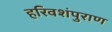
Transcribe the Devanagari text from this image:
हरिवशंपुराण